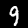
Digit: 9